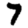
Digit: 7